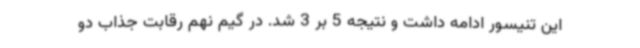
این تنیسور ادامه داشت و نتیجه 5 بر 3 شد. در گیم نهم رقابت جذاب دو